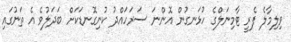
ވިލިމާލެ ފެރީ ޓާމިނަލްގެ ހުޅަނގުން އޮންނަ ސަރަހައްދު ކުނިގޮނޑަކަށް ބަދަލުވެ އެ ތަނުގައި